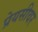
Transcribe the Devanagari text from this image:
प्रेयसीवर